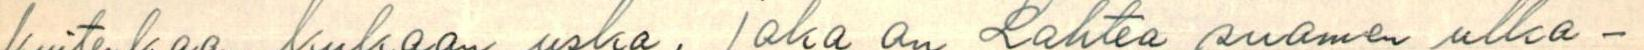
kuitenkaan kukaan usko, joka on Lahtea suomen ulko-